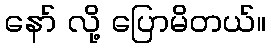
နော် လို့ ပြောမိတယ်။